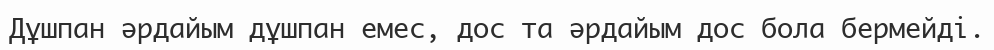
Дұшпан әрдайым дұшпан емес, дос та әрдайым дос бола бермейді.